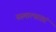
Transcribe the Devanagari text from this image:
यस्मात्परतरं